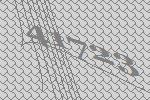
41723